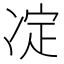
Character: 𠗞